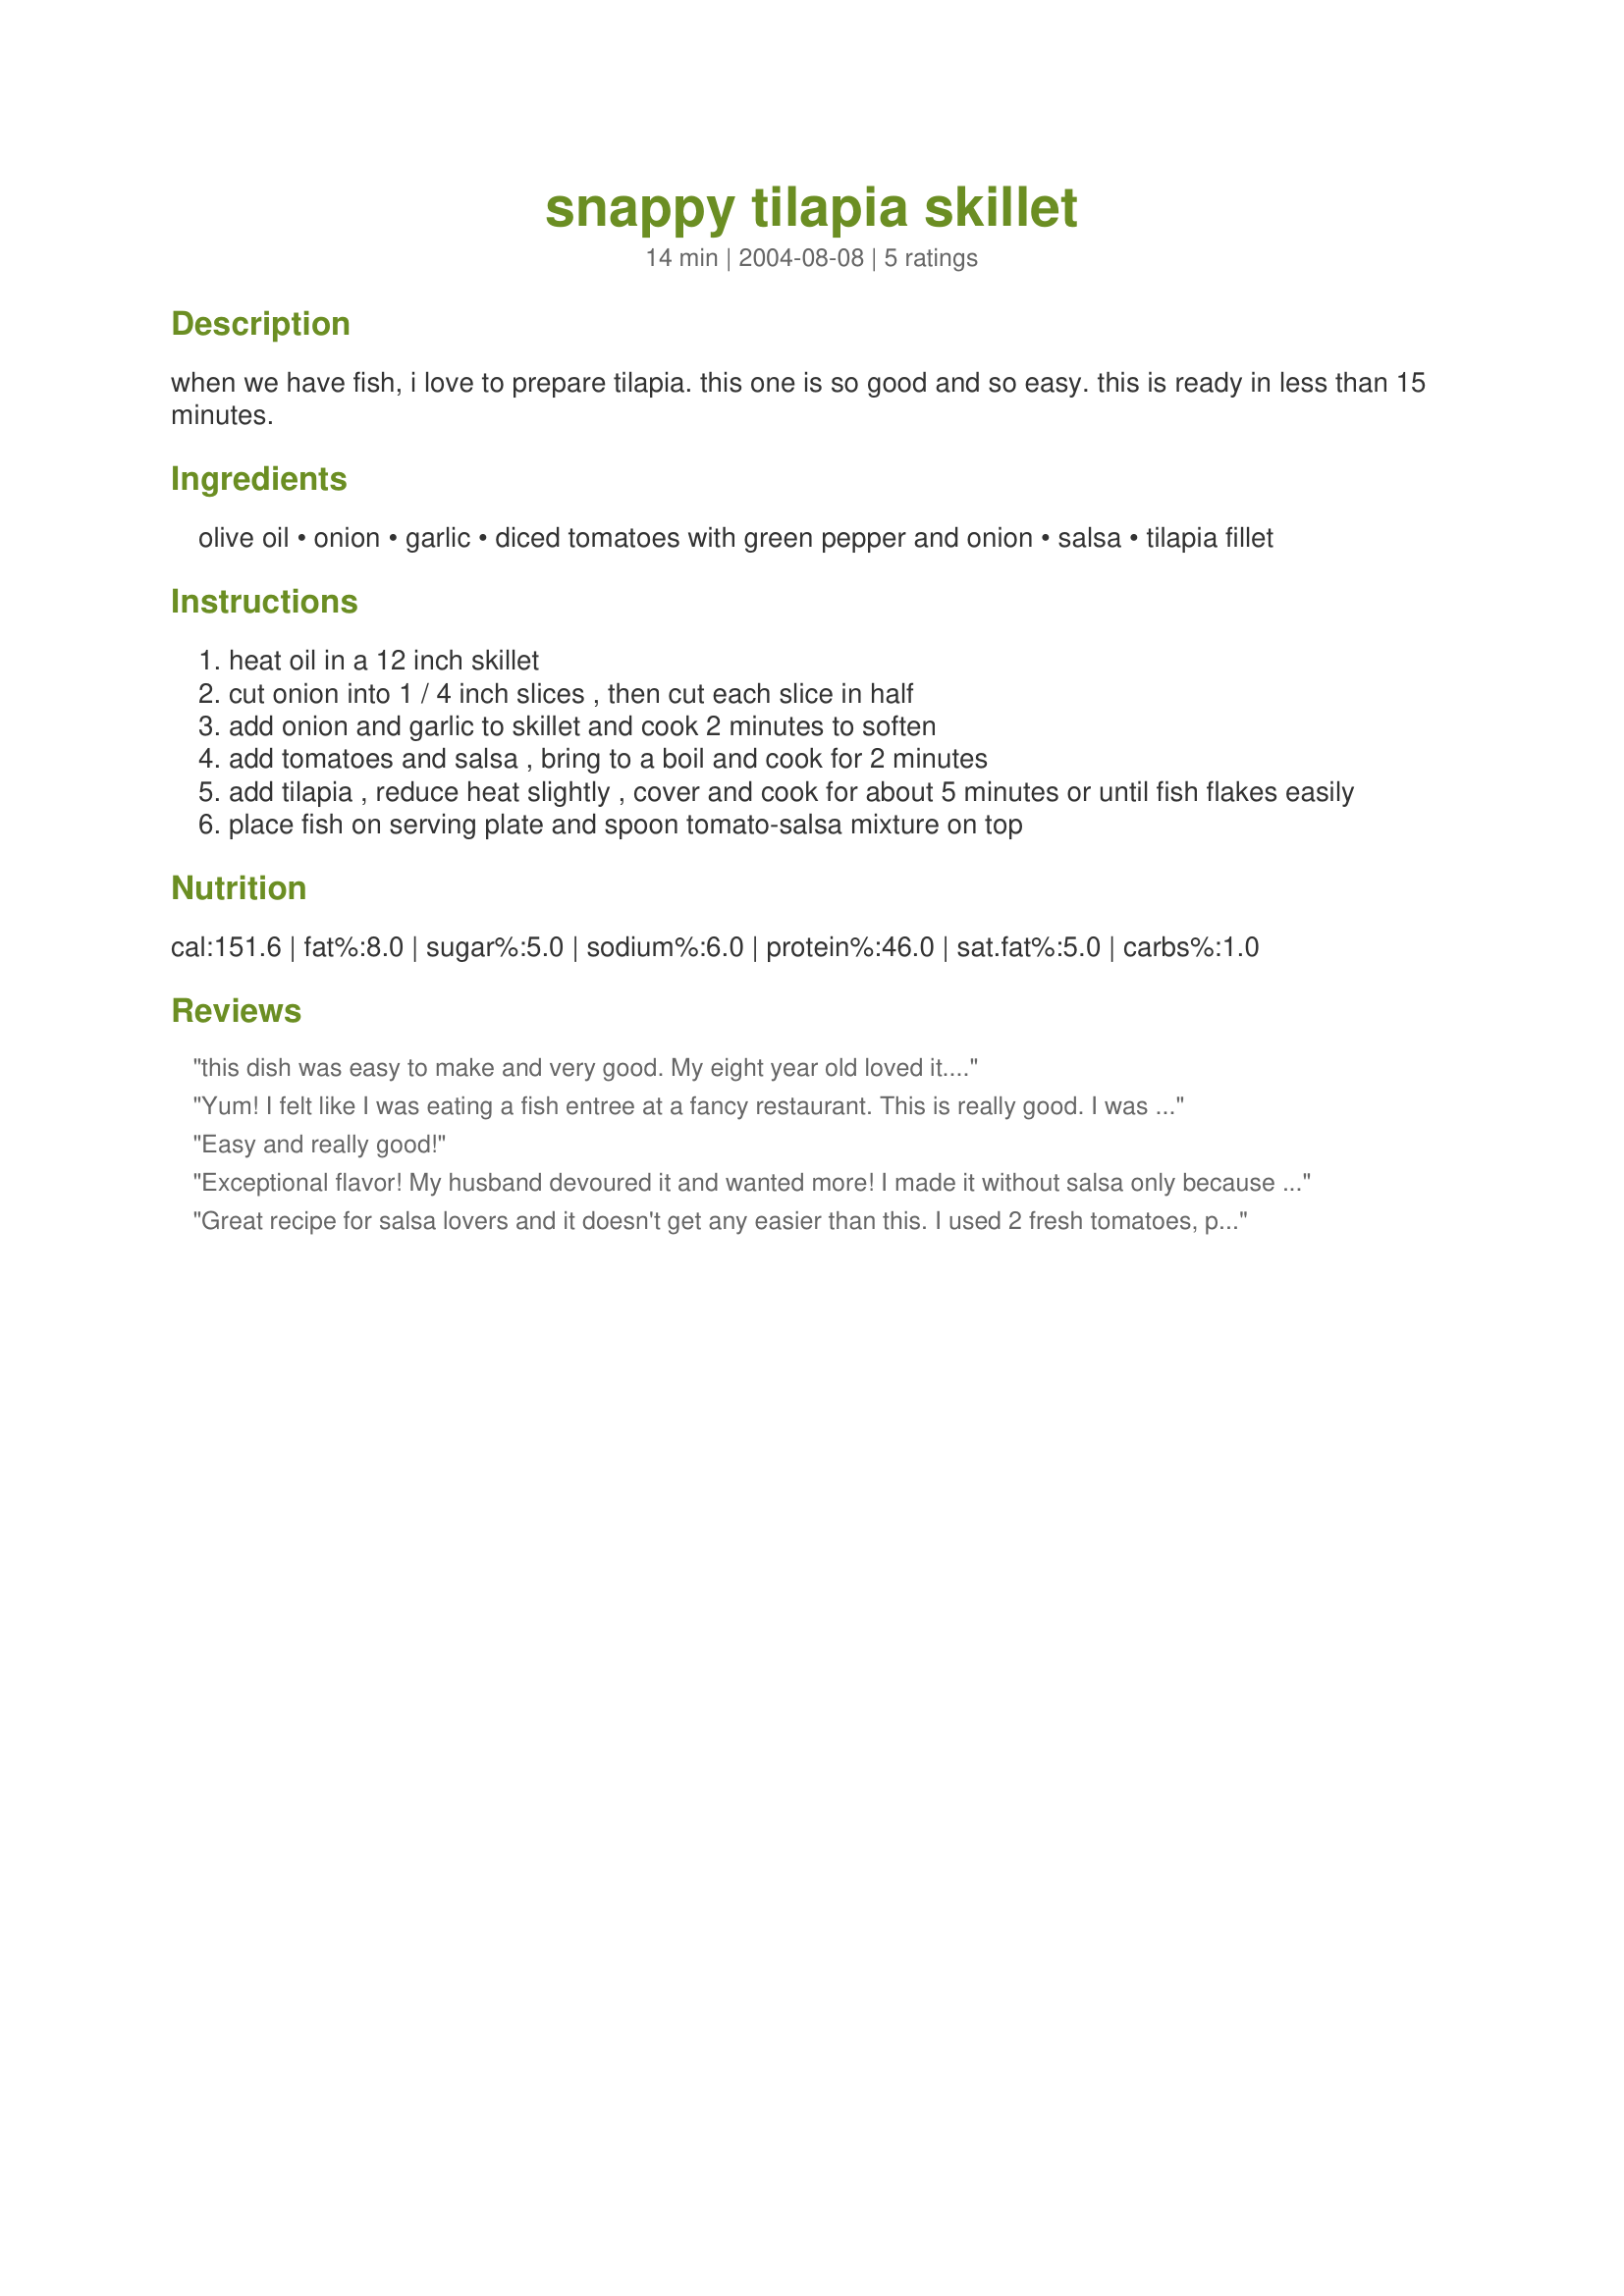
snappy tilapia skillet
Preparation time: 14 minutes

when we have fish, i love to prepare tilapia. this one is so good and so easy. this is ready in less than 15 minutes.

Ingredients:
olive oil, onion, garlic, diced tomatoes with green pepper and onion, salsa, tilapia fillet

Steps:
heat oil in a 12 inch skillet
cut onion into 1 / 4 inch slices , then cut each slice in half
add onion and garlic to skillet and cook 2 minutes to soften
add tomatoes and salsa , bring to a boil and cook for 2 minutes
add tilapia , reduce heat slightly , cover and cook for about 5 minutes or until fish flakes easily
place fish on serving plate and spoon tomato-salsa mixture on top

Reviews:
this dish was easy to make and very good. My eight year old loved it....
Yum! I felt like I was eating a fish entree at a fancy restaurant. This is really good. I was surprised at how fast the tilapia cooked. I highly recommend this recipe.
Easy and really good!
Exceptional flavor! My husband devoured it and wanted more! I made it without salsa only because I didn't have any on hand but it was very good!
Great recipe for salsa lovers and it doesn't get any easier than this. I used 2 fresh tomatoes, peeled and diced, the salsa, garlic and onion. Wonderful recipe!
